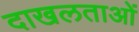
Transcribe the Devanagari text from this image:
दाखलताओं